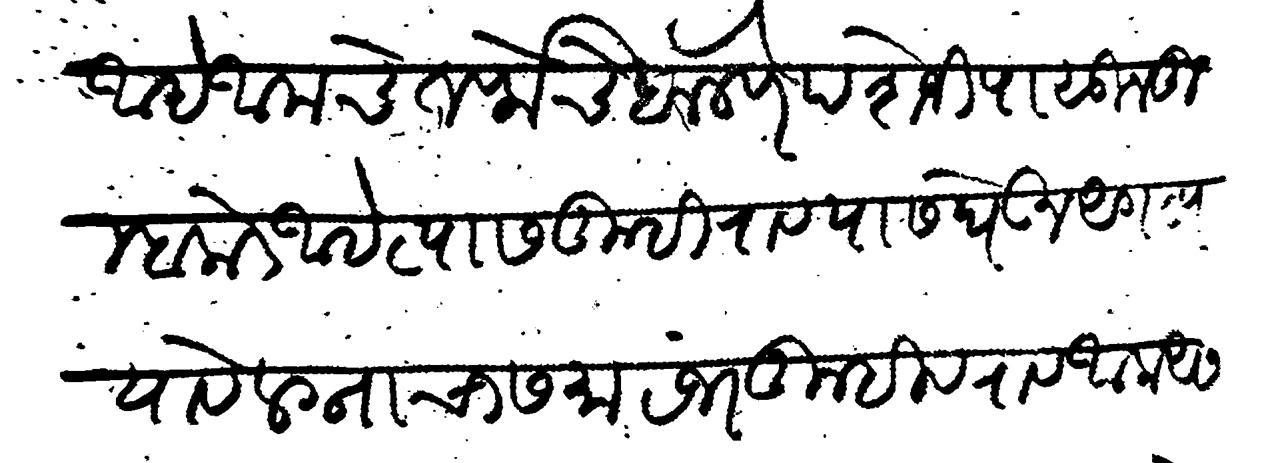
Transliteration (Devanagari): आहे आमचे तर्फेचे बोलणे पेशजी पासून तुम्हाकडे आहे त्यास तुम्ही राव यास घेऊन अगत्य यावे लग्नाचा समारंभ तुम्ही व राव आला असता